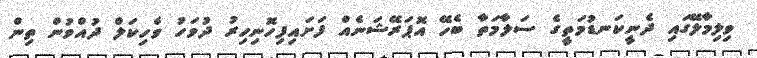
ވިލިމާލޭގައި ދެނީކަނޑުމަތީގެ ސަލާމަތާ ބެހޭ އޮޕަރޭޝަނެއް ފަށައިފިހޮނިހިރު ދުވަހު ވެހިކަލް ދުއްވުން ތިން